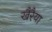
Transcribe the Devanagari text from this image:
खैरैया